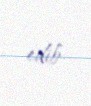
edib.